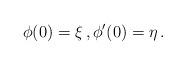
LaTeX: \begin{align*} \phi(0)=\xi\,, \phi'(0)=\eta\,.\end{align*}